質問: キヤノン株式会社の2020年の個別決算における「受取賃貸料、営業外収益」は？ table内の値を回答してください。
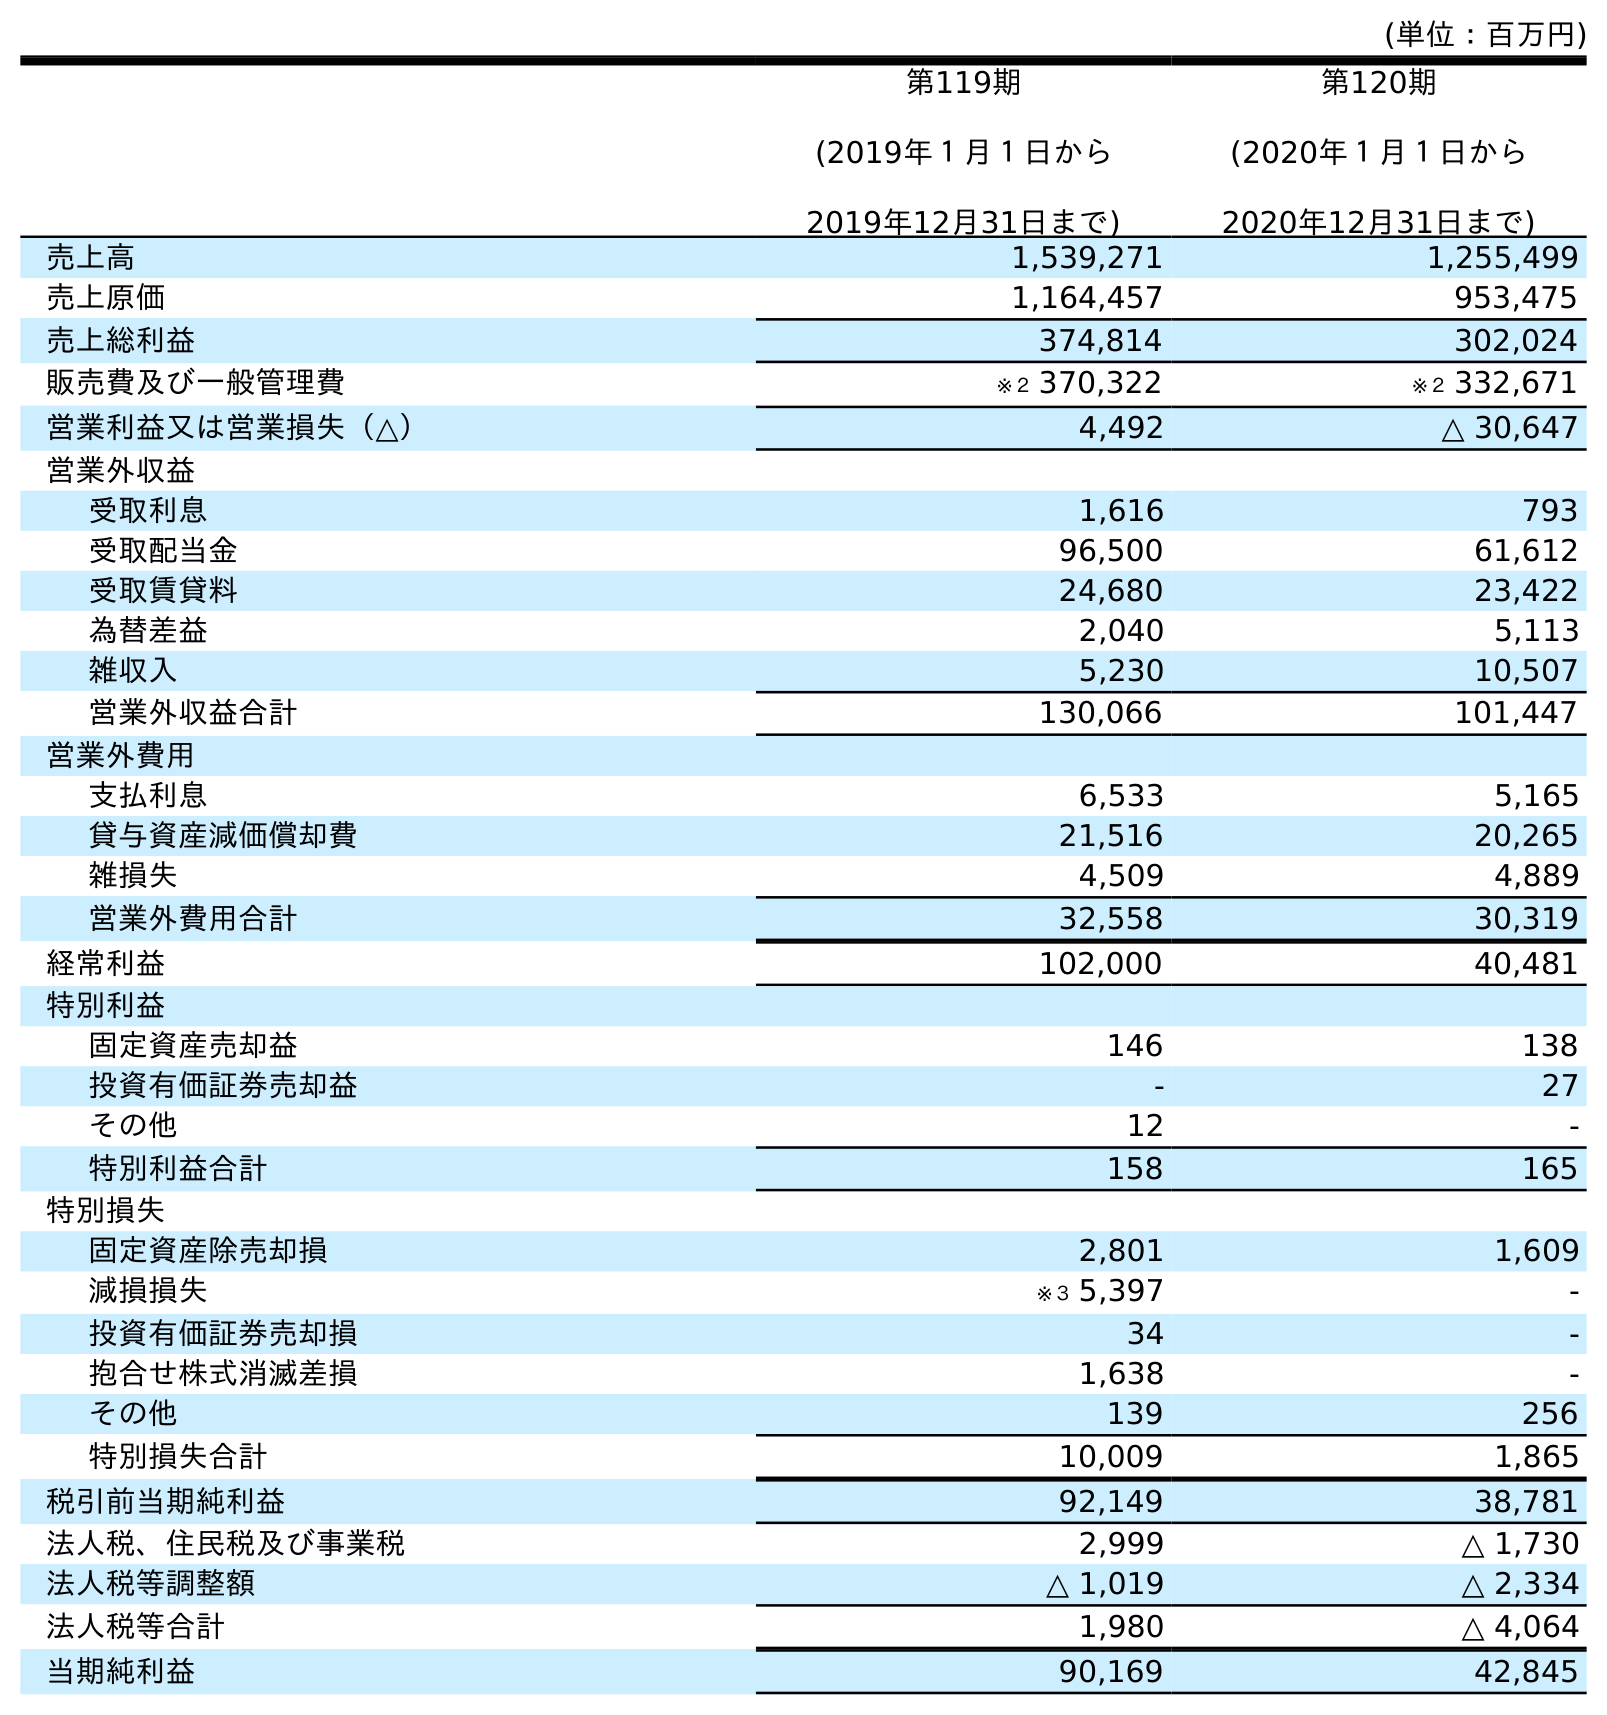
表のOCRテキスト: (単位：百万円) 第119期 (2019年１月１日から 2019年12月31日まで) 第120期 (2020年１月１日から 2020年12月31日まで) 売上高 1,539,271 1,255,499 売上原価 1,164,457 953,475 売上総利益 374,814 302,024 販売費及び一般管理費 ※２ 370,322 ※２ 332,671 営業利益又は営業損失（△） 4,492 △ 30,647 営業外収益 受取利息 1,616 793 受取配当金 96,500 61,612 受取賃貸料 24,680 23,422 為替差益 2,040 5,113 雑収入 5,230 10,507 営業外収益合計 130,066 101,447 営業外費用 支払利息 6,533 5,165 貸与資産減価償却費 21,516 20,265 雑損失 4,509 4,889 営業外費用合計 32,558 30,319 経常利益 102,000 40,481 特別利益 固定資産売却益 146 138 投資有価証券売却益 - 27 その他 12 - 特別利益合計 158 165 特別損失 固定資産除売却損 2,801 1,609 減損損失 ※３ 5,397 - 投資有価証券売却損 34 - 抱合せ株式消滅差損 1,638 - その他 139 256 特別損失合計 10,009 1,865 税引前当期純利益 92,149 38,781 法人税、住民税及び事業税 2,999 △ 1,730 法人税等調整額 △ 1,019 △ 2,334 法人税等合計 1,980 △ 4,064 当期純利益 90,169 42,845
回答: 23,422